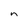
Character: n